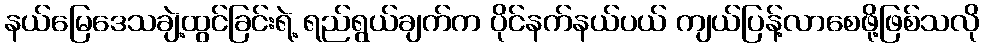
နယ်မြေဒေသချဲ့ထွင်ခြင်းရဲ့ ရည်ရွယ်ချက်က ပိုင်နက်နယ်ပယ် ကျယ်ပြန့်လာစေဖို့ဖြစ်သလို